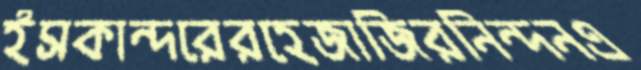
ইসকান্দরেরহেজাজিরনিন্দনএ